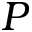
P